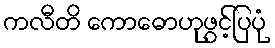
ကလီတိ ကောဓောဟုဖွင့်ပြပုံ